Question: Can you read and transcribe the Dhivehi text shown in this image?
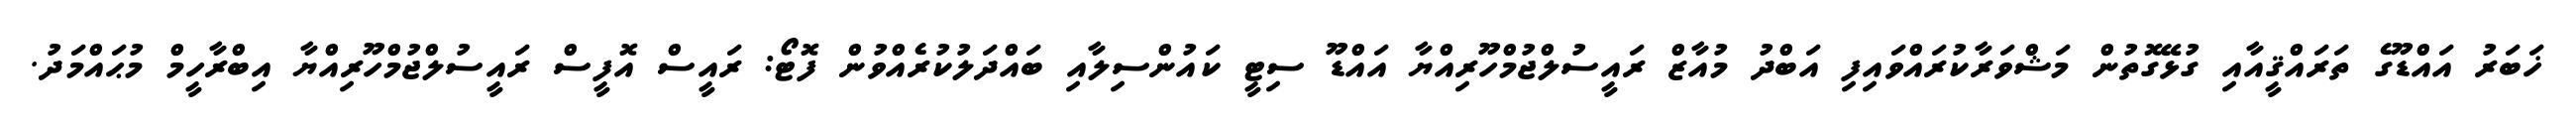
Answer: ޚަބަރު އައްޑޫގެ ތަރައްޤީއާއި ގުޅޭގޮތުން މަޝްވަރާކުރައްވައިފި އަބްދު މުއާޒް ރައީސުލްޖުމްހޫރިއްޔާ އައްޑޫ ސިޓީ ކައުންސިލާއި ބައްދަލުކުރެއްވުން ފޮޓޯ: ރައީސް އޮފީސް ރައީސުލްޖުމްހޫރިއްޔާ އިބްރާހީމް މުޙައްމަދު.